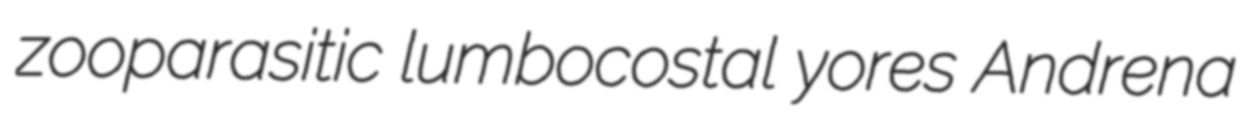
zooparasitic lumbocostal yores Andrena